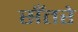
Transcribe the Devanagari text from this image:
सँतरे